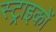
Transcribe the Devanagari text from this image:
स्ट्राइकों